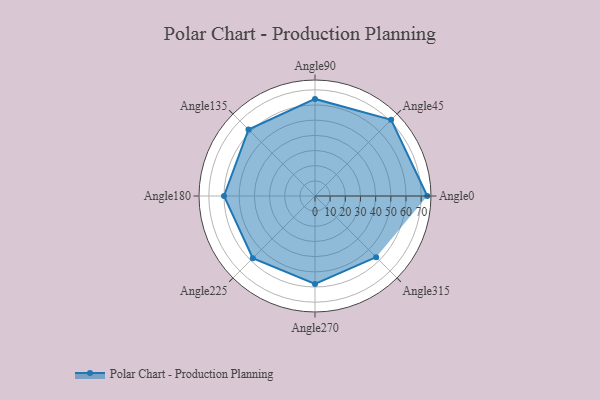
{"axis": {"x": "Angle", "y": "Radius"}, "legend": [""], "data": [{"x": "Angle0", "y": 74.0, "type": ""}, {"x": "Angle45", "y": 71.0, "type": ""}, {"x": "Angle90", "y": 64.0, "type": ""}, {"x": "Angle135", "y": 62.0, "type": ""}, {"x": "Angle180", "y": 60.0, "type": ""}, {"x": "Angle225", "y": 58.0, "type": ""}, {"x": "Angle270", "y": 58.0, "type": ""}, {"x": "Angle315", "y": 57.0, "type": ""}]}